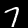
Digit: 7